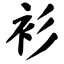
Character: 衫